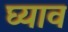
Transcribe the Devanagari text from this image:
घ्याव